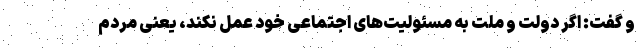
و گفت: اگر دولت و ملت به مسئولیت‌های اجتماعی خود عمل نکند، یعنی مردم